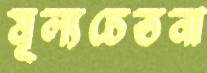
মূল্যচেতনা